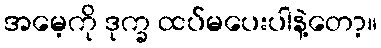
အမေ့ကို ဒုက္ခ ထပ်မပေးပါနဲ့တော့။